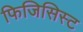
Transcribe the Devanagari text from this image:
फिजिसिस्ट